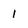
Character: 1